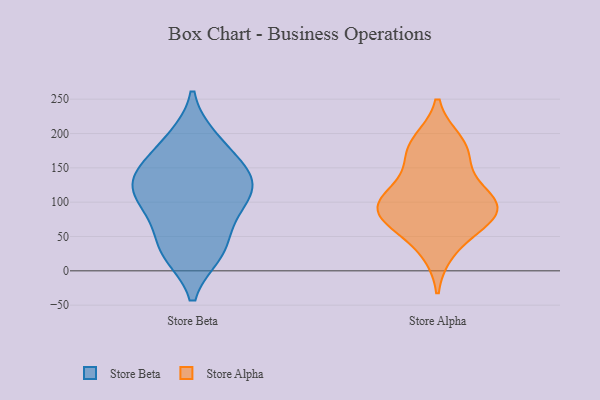
{"axis": {"x": "Shipments", "y": "Value"}, "legend": ["Store Alpha", "Store Beta"], "data": [{"x": "", "y": 124, "type": "Store Beta"}, {"x": "", "y": 97, "type": "Store Beta"}, {"x": "", "y": 158, "type": "Store Beta"}, {"x": "", "y": 135, "type": "Store Beta"}, {"x": "", "y": 99, "type": "Store Beta"}, {"x": "", "y": 123, "type": "Store Beta"}, {"x": "", "y": 26, "type": "Store Beta"}, {"x": "", "y": 146, "type": "Store Beta"}, {"x": "", "y": 190, "type": "Store Beta"}, {"x": "", "y": 135, "type": "Store Beta"}, {"x": "", "y": 88, "type": "Store Beta"}, {"x": "", "y": 59, "type": "Store Beta"}, {"x": "", "y": 193, "type": "Store Beta"}, {"x": "", "y": 25, "type": "Store Beta"}, {"x": "", "y": 29, "type": "Store Beta"}, {"x": "", "y": 100, "type": "Store Alpha"}, {"x": "", "y": 173, "type": "Store Alpha"}, {"x": "", "y": 83, "type": "Store Alpha"}, {"x": "", "y": 86, "type": "Store Alpha"}, {"x": "", "y": 83, "type": "Store Alpha"}, {"x": "", "y": 186, "type": "Store Alpha"}, {"x": "", "y": 171, "type": "Store Alpha"}, {"x": "", "y": 31, "type": "Store Alpha"}, {"x": "", "y": 69, "type": "Store Alpha"}, {"x": "", "y": 108, "type": "Store Alpha"}, {"x": "", "y": 116, "type": "Store Alpha"}]}